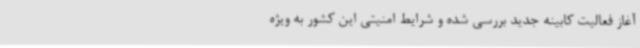
آغاز فعالیت کابینه جدید بررسی شده و شرایط امنیتی این کشور به ویژه